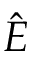
\hat { E }